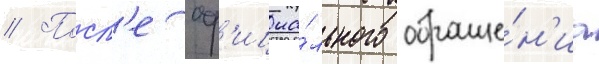
// Посл'е оф'ициа́льного обраще́н'иа